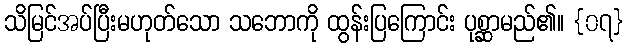
သိမြင်အပ်ပြီးမဟုတ်သော သဘောကို ထွန်းပြကြောင်း ပုစ္ဆာမည်၏။ {၀၇}